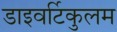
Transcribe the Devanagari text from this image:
डाइवर्टिकुलम